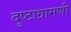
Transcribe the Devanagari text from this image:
दुष्टाग्रामणी